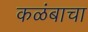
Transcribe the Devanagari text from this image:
कळंबाचा